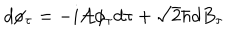
LaTeX: d \phi _ { \tau } = - i { \cal A } \phi _ { \tau } d \tau + \sqrt { 2 } \hbar d B _ { \tau }